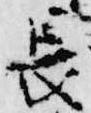
長